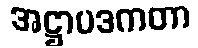
အဋ္ဌာပဒကတာ